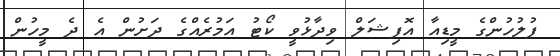
ފުލުހުންގެ މީޑިއާ އޮފިޝަލް ވިދާޅުވީ ކޯޓު އަމުރެއްގެ ދަށުން އެ ދެ މީހުން